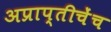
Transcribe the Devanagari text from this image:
अप्राप्तीचेंच